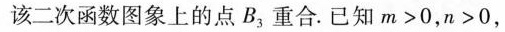
该二次函数图象上的点B_{3}重合.已知$$m > 0$$，$$n > 0$$，